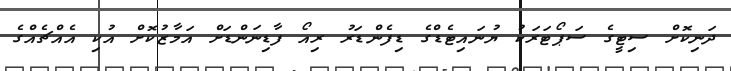
ދަނިކޮށް ސިޓީގެ ސަޕޯޓަރަކު ޔުނައިޓެޑްގެ ޑިފެންޑަރު ރިއޯ ފާޑިނަންޑަށް އަމާޒުކޮށް އުކި އެއްޗެއްގެ